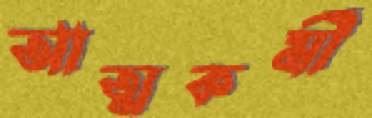
আত্মকর্মী